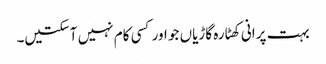
بہت پرانی کھٹارہ گاڑیاں جو اور کسی کام نہیں آسکتیں۔